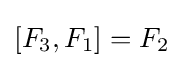
[F_{3},F_{1}]=F_{2}